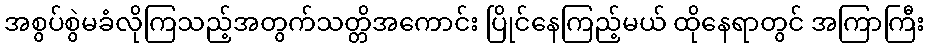
အစွပ်စွဲမခံလိုကြသည့်အတွက်သတ္တိအကောင်း ပြိုင်နေကြည့်မယ် ထိုနေရာတွင် အကြာကြီး